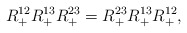
\begin{align*}R_+^{12} R_+^{13} R_+^{23} = R_+^{23} R_+^{13} R_+^{12}, \end{align*}